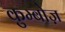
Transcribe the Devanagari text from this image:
कुम्बोज़